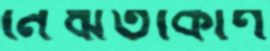
নৈঋতকোণ